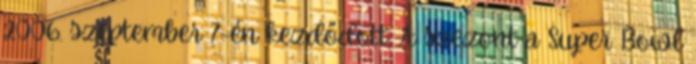
2006. szeptember 7-én kezdődött. A szezont a Super Bowl